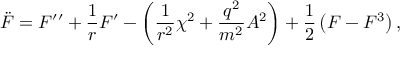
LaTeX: \ddot { F } = F ^ { \prime \prime } + \frac { 1 } { r } F ^ { \prime } - \left( \frac { 1 } { r ^ { 2 } } \chi ^ { 2 } + \frac { q ^ { 2 } } { m ^ { 2 } } A ^ { 2 } \right) + \frac { 1 } { 2 } \left( F - F ^ { 3 } \right) ,